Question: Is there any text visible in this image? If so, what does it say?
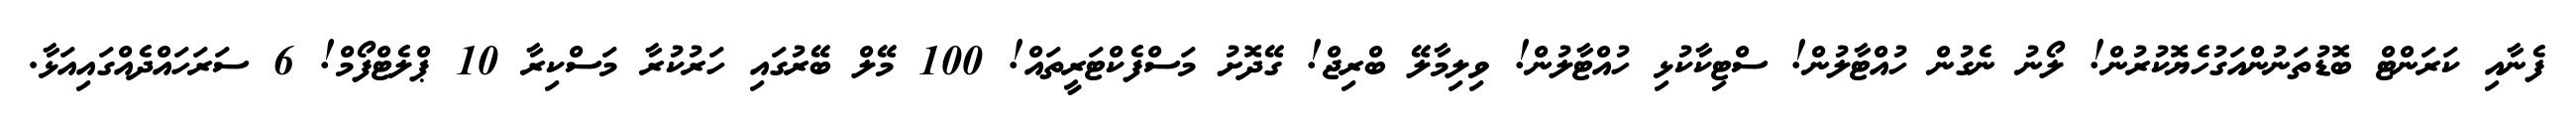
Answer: ފެނާއި ކަރަންޓް ބޮޑުތަނުންއަގުހެޔޮކުރުން! ލޯނު ނެގުން ހުއްޓާލުން! ސްޓިކާކުޅި ހުއްޓާލުން! ވިލިމާލޭ ބްރިޖް! ގޭދޮށު މަސްފެކްޓަރީތައް! 100 މޭލް ބޭރުގައި ހަރުކުރާ މަސްކިރާ 10 ޕްލެޓްފޯމް! 6 ސަރަހައްދެއްގައިއަޅާ.